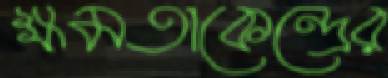
ক্ষমতাকেন্দ্রের